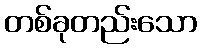
တစ်ခုတည်းသော